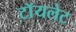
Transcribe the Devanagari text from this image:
टाॅयलेट